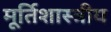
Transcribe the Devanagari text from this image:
मूर्तिशास्त्रीय